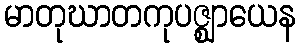
မာတုဃာတကုပဇ္ဈာယေန